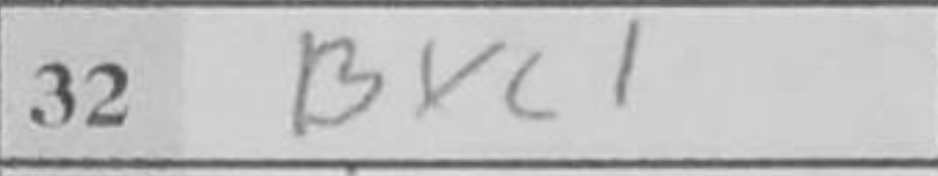
Transcription: Bxc1